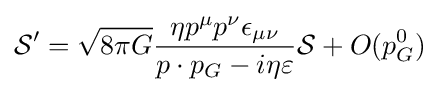
{\cal {S}}'={\sqrt {8\pi G}}{\frac {\eta p^{\mu }p^{\nu }\epsilon _{\mu \nu }}{p\cdot p_{G}-i\eta \varepsilon }}{\cal {S}}+O(p_{G}^{0})